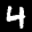
Label: 4